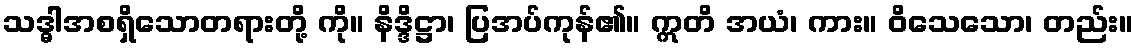
သဒ္ဓါအစရှိသောတရားတို့ ကို။ နိဒ္ဒိဋ္ဌာ၊ ပြအပ်ကုန်၏။ ဣတိ အယံ၊ ကား။ ဝိသေသော၊ တည်း။